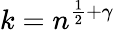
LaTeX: k=n^{{\frac{1}{2}}+\gamma}